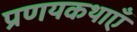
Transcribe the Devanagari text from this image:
प्रणयकथाएँ